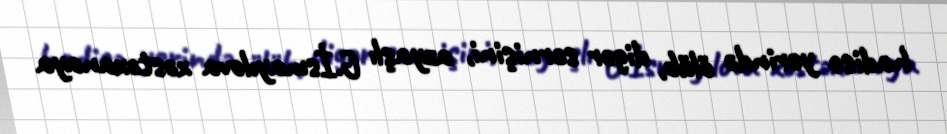
hadisə yerində ölüb, digər sərnişini, azyaşlı G.İsmayılova xəstəxanaya